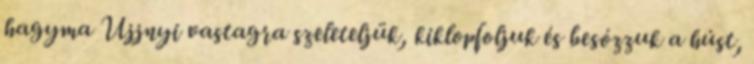
hagyma Ujjnyi vastagra szeleteljük, kiklopfoljuk és besózzuk a húst,